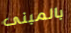
بالمبنى